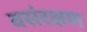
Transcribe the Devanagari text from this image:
वसंरक्षण